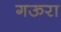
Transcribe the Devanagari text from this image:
गऊरा